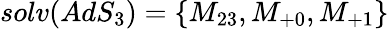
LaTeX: solv(AdS_{3})=\left\{ M_{23},M_{+0},M_{+1}\right\}